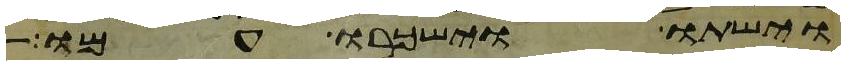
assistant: וישתו וישכרו עמו